Problem: 3 × 2 = ?
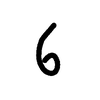
Handwritten answer: 6